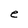
Character: e